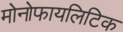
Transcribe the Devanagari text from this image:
मोनोफायलिटिक